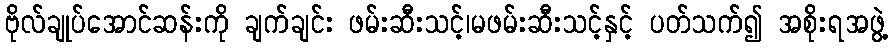
ဗိုလ်ချုပ်အောင်ဆန်းကို ချက်ချင်း ဖမ်းဆီးသင့်၊မဖမ်းဆီးသင့်နှင့် ပတ်သက်၍ အစိုးရအဖွဲ့